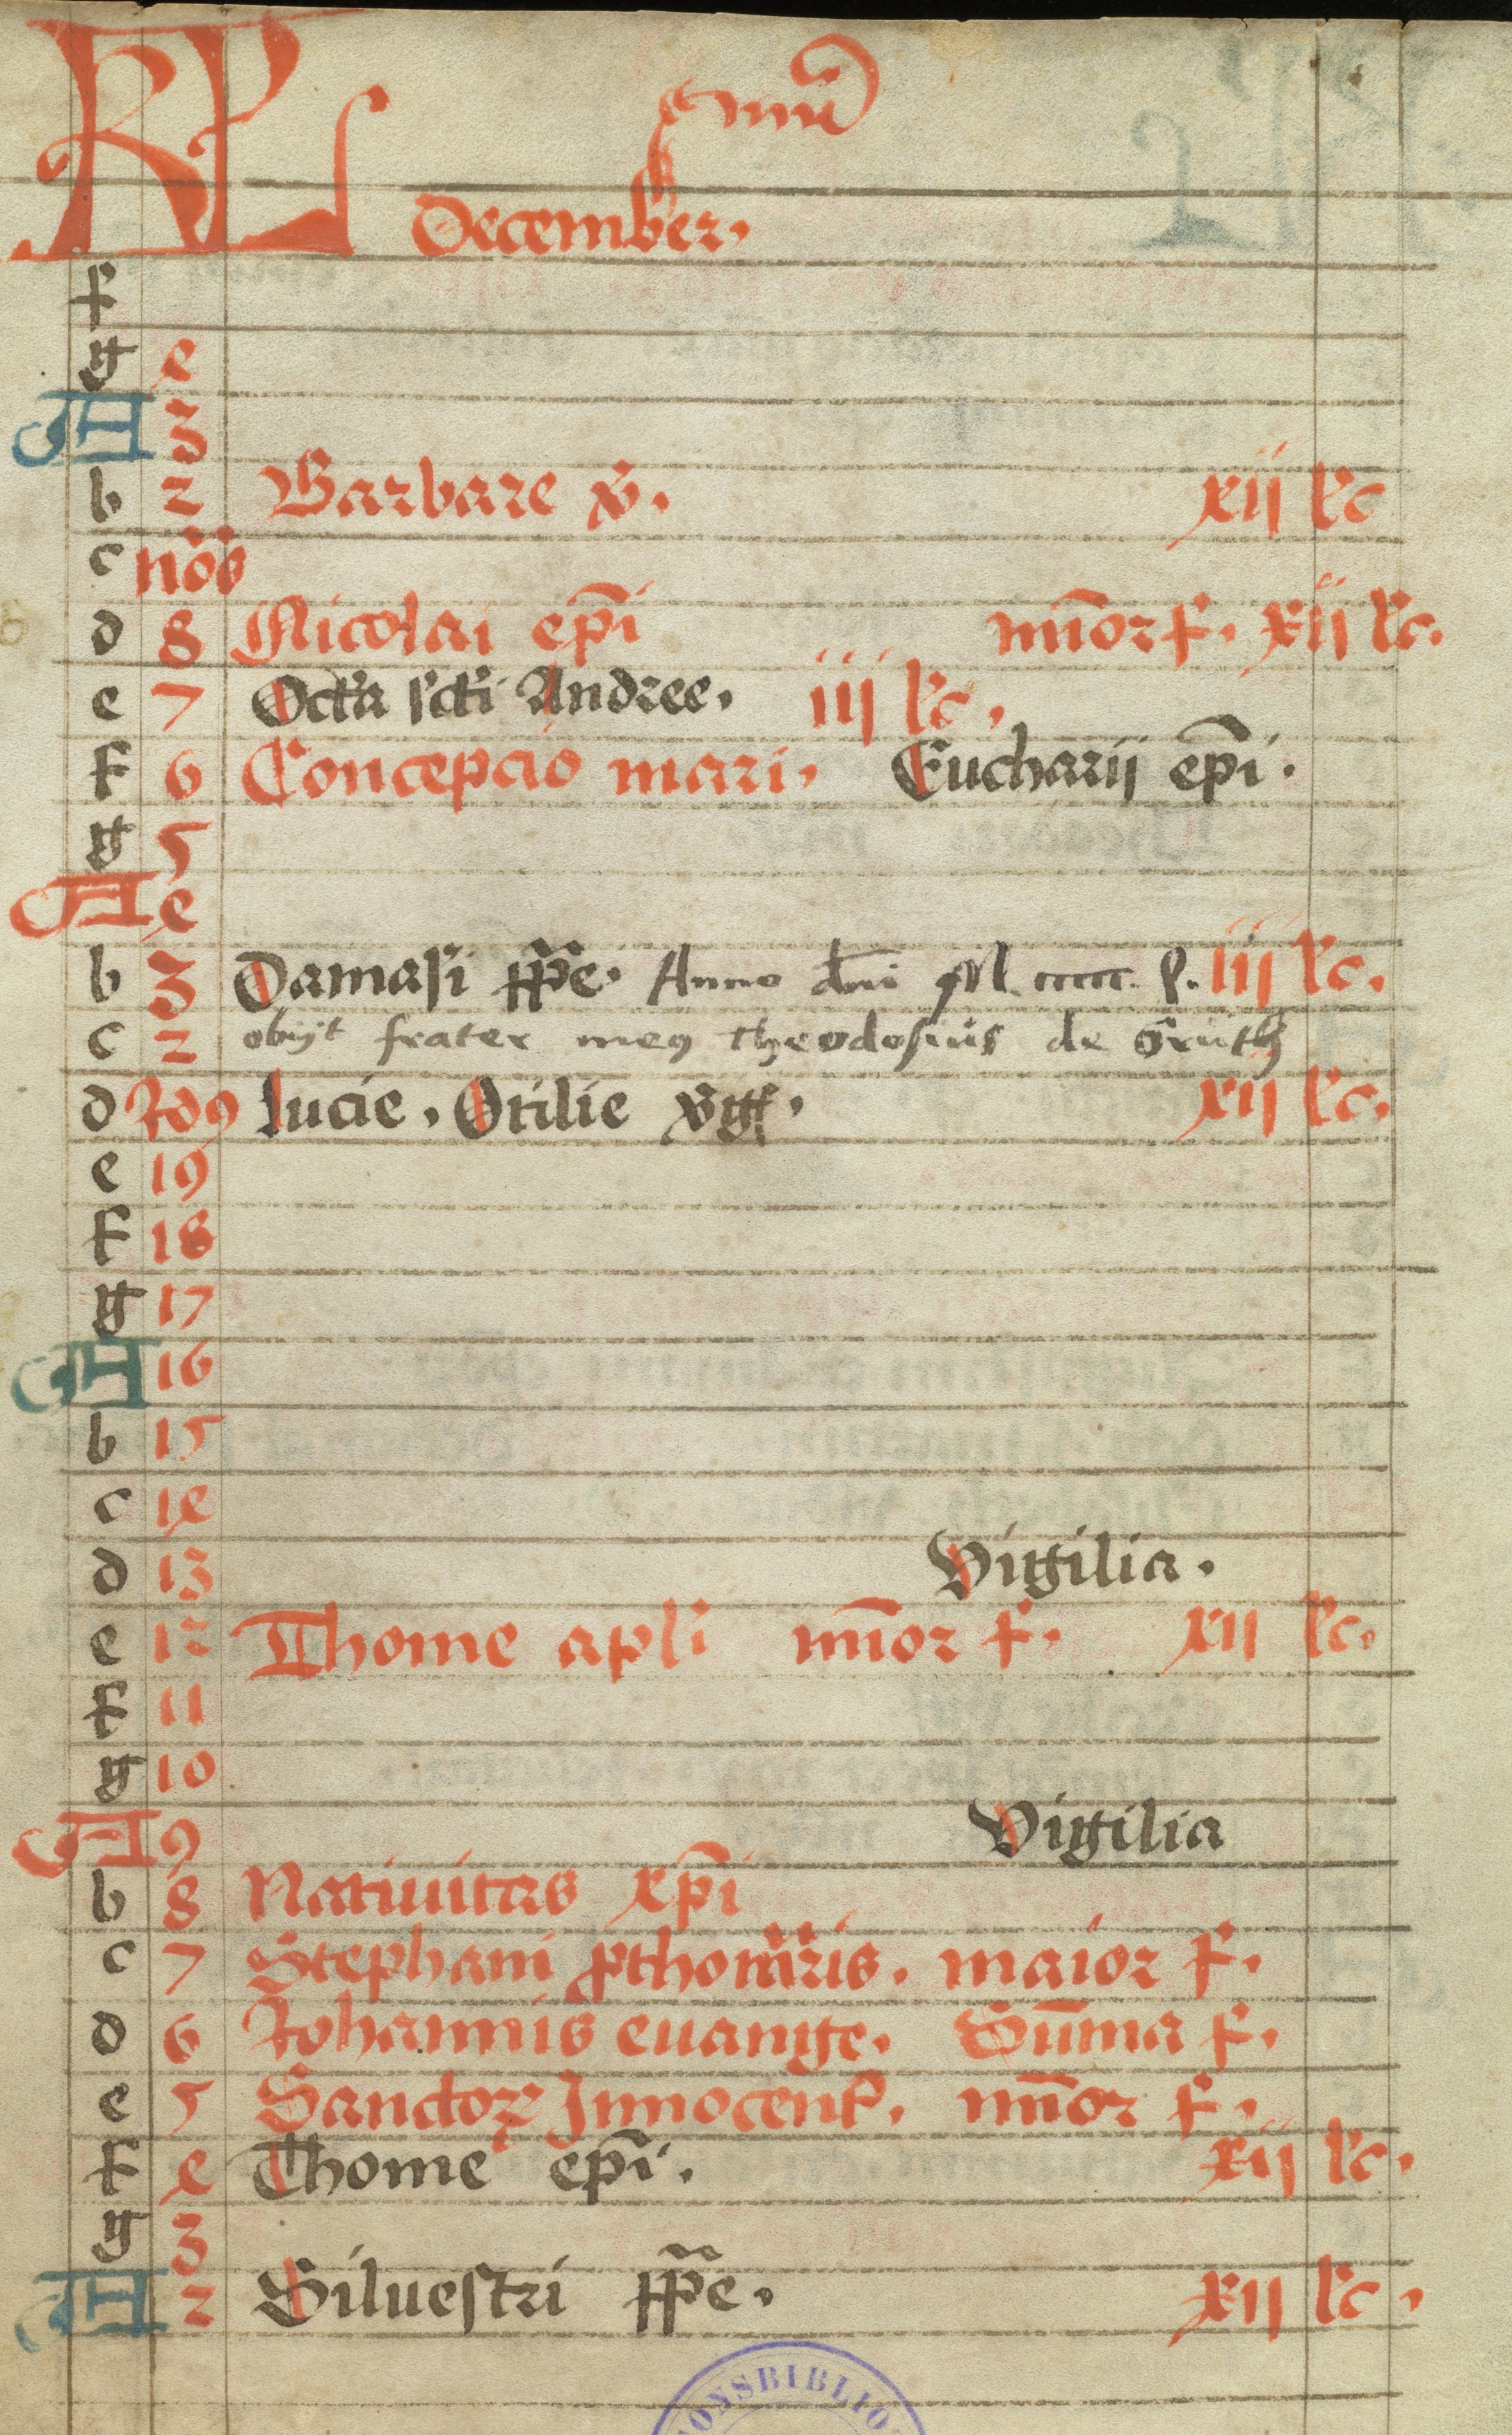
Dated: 1470–1499